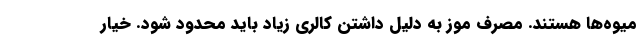
میوه‌ها هستند. مصرف موز به دلیل داشتن کالری زیاد باید محدود شود. خیار